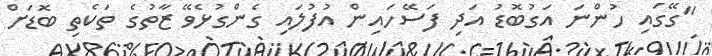
"ގޭގައި ހުންނަ އަގުބޮޑު އަދި ފަސޭހައިން އުފުލައި ގެންގުޅެވޭ ޒާތުގެ ތަކެތި ބޮޑަށް